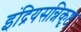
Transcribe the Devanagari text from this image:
इंद्रियसन्निकृष्ट